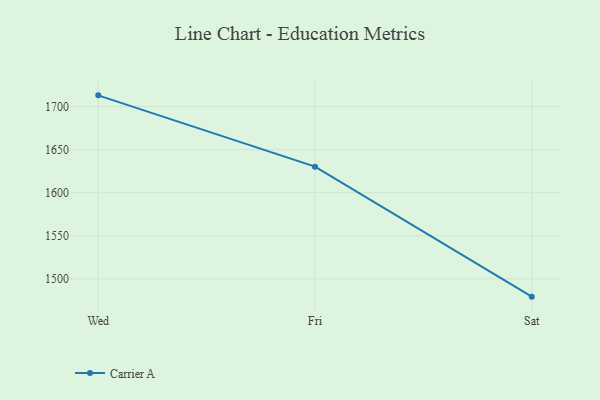
{"axis": {"x": "Day", "y": "Churn Rate (%)"}, "legend": ["Carrier A"], "data": [{"x": "Wed", "y": 1713.0, "type": "Carrier A"}, {"x": "Fri", "y": 1630.2, "type": "Carrier A"}, {"x": "Sat", "y": 1479.3, "type": "Carrier A"}]}